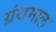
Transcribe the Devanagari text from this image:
ग्रंथमाल